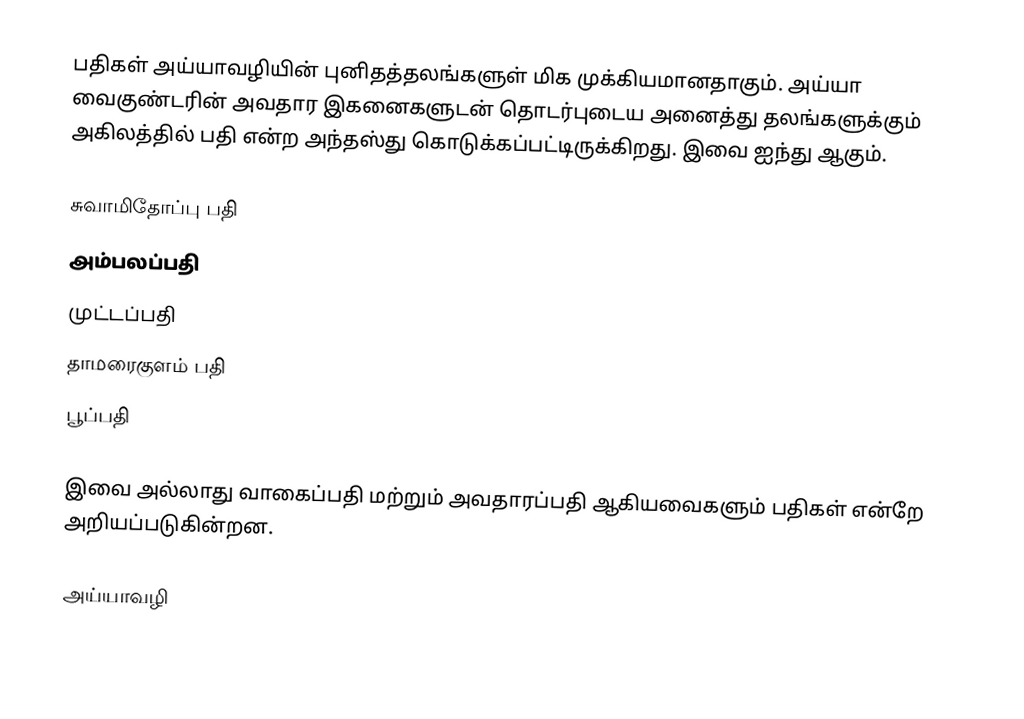
பதிகள் அய்யாவழியின் புனிதத்தலங்களுள் மிக முக்கியமானதாகும். அய்யா வைகுண்டரின் அவதார இகனைகளுடன் தொடர்புடைய அனைத்து தலங்களுக்கும் அகிலத்தில் பதி என்ற அந்தஸ்து கொடுக்கப்பட்டிருக்கிறது. இவை ஐந்து ஆகும்.

 சுவாமிதோப்பு பதி
 அம்பலப்பதி
 முட்டப்பதி
 தாமரைகுளம் பதி
 பூப்பதி

இவை அல்லாது வாகைப்பதி மற்றும் அவதாரப்பதி ஆகியவைகளும் பதிகள் என்றே அறியப்படுகின்றன.

அய்யாவழி